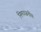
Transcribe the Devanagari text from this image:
निमज्जनीय